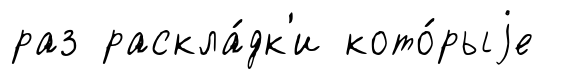
раз раскла́дк'и кото́рыjе